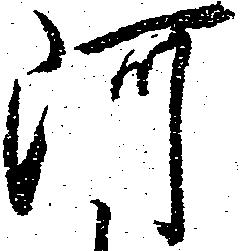
河